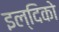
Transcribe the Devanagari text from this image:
इल्दिको